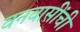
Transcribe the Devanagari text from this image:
वनवासींची